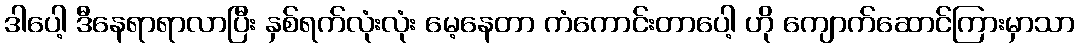
ဒါပေါ့ ဒီနေရာရာလာပြီး နှစ်ရက်လုံးလုံး မေ့နေတာ ကံကောင်းတာပေါ့ ဟို ကျောက်ဆောင်ကြားမှာသာ